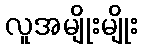
လူအမျိုးမျိုး